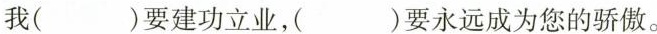
我( )要建功立业， )要永远成为您的骄傲。